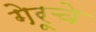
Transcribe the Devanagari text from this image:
गेरूचे